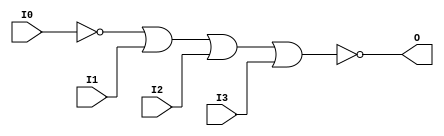
// $Header: /devl/xcs/repo/env/Databases/CAEInterfaces/verunilibs/s/NOR4B1.v,v 1.8.22.1 2003/11/18 20:41:37 wloo Exp $

/*

FUNCTION	: 4-INPUT NOR GATE

*/

`timescale  100 ps / 10 ps


module NOR4B1 (O, I0, I1, I2, I3);

    output O;

    input  I0, I1, I2, I3;

    not N0 (i0_inv, I0);
    nor O1 (O, i0_inv, I1, I2, I3);

    specify
	(I0 *> O) = (0, 0);
	(I1 *> O) = (0, 0);
	(I2 *> O) = (0, 0);
	(I3 *> O) = (0, 0);
    endspecify

endmodule